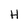
Character: H